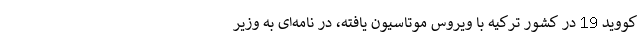
کووید 19 در کشور ترکیه با ویروس موتاسیون یافته، در نامه‌ای به وزیر